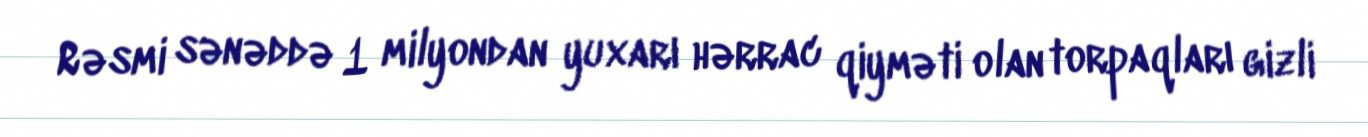
Rəsmi sənəddə 1 milyondan yuxarı hərrac qiyməti olan torpaqları gizli